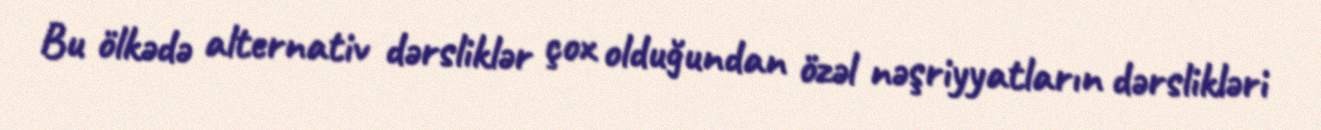
Bu ölkədə alternativ dərsliklər çox olduğundan özəl nəşriyyatların dərslikləri